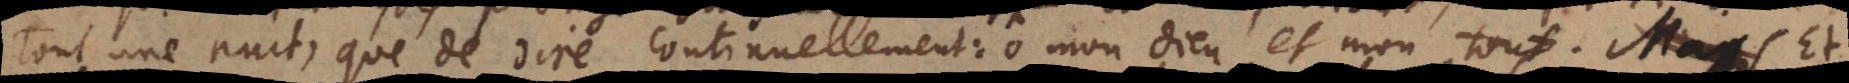
toute une nuit, que de dire continuellement: ô mon Dieu et mon tout! Et